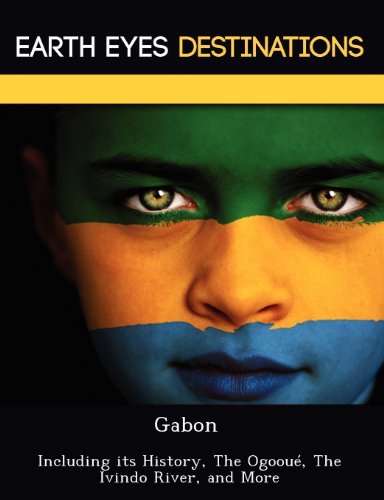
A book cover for Gabon: Including its History, The OgoouÃ©, The  Ivindo River, and More; Renee Browning; Travel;